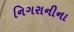
નિગરાનીના